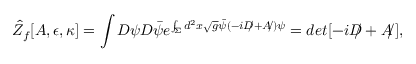
\hat { Z } _ { f } [ A , \epsilon , \kappa ] = \int { \cal D } \psi { \cal D } \bar { \psi } e ^ { \int _ { \Sigma } d ^ { 2 } x \sqrt { g } \bar { \psi } ( - i { D \! \! \! / } + { A \! \! / } ) \psi } = d e t [ - i { D \! \! \! / } + { A \! \! / } ] ,